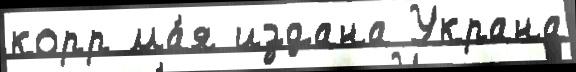
корр ма́я издана Украна